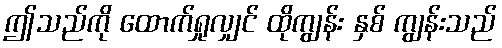
ဤသည်ကို ထောက်ရှုလျှင် ထိုကျွန်း နှစ် ကျွန်းသည်